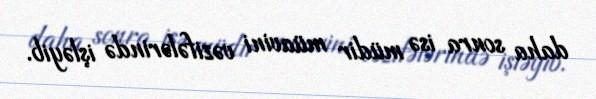
daha sonra isə müdir müavini vəzifələrində işləyib.